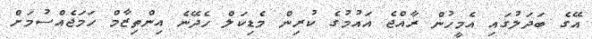
އޭގެ ބަދަލުގައި އެމީހުން ރާއްޖެ އައުމުގެ ކުރިން މެޑިކަލް ހެދޭނެ އިންތިޒާމް ހަމަޖެއްސުމަށް